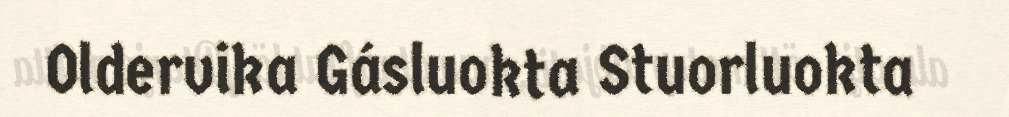
Oldervika Gásluokta Stuorluokta